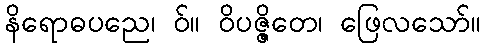
နိရောဓပညေ၊ ဝ်။ ဝိပဇ္ဇိတေ၊ ဖြေလသော်။